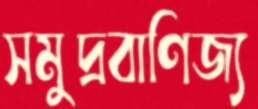
সমুদ্রবাণিজ্য